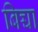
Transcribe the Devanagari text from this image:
बिच्चा